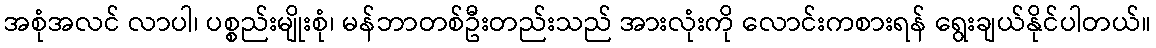
အစုံအလင် လာပါ၊ ပစ္စည်းမျိုးစုံ၊ မန်ဘာတစ်ဦးတည်းသည် အားလုံးကို လောင်းကစားရန် ရွေးချယ်နိုင်ပါတယ်။